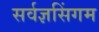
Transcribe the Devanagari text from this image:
सर्वज्ञसिंगम